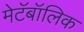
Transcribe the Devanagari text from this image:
मेटॅबॉलिक